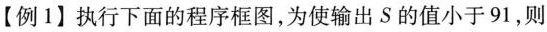
【例1】执行下面的程序框图，为使输出S的值小于91，则